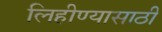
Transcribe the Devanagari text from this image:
लिहीण्यासाठी